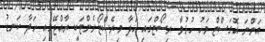
އަންނަ އޮގަސްޓް މަހު ހުޅުވާ ރިސޯޓްގައި ހަދާ މިރެސްޓޯރެންޓަކީ ރާއްޖޭގައި ހަދާ ކަނޑު